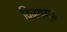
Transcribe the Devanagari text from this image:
विजयगृह